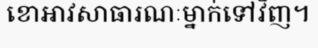
ខោអាវសាធារណៈម្នាក់ទៅវិញ។